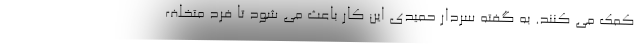
کمک می کنند. به گفته سردار حمیدی این کار باعث می شود تا فرد متخلف